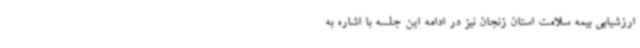
ارزشیابی بیمه سلامت استان زنجان نیز در ادامه این جلسه با اشاره به